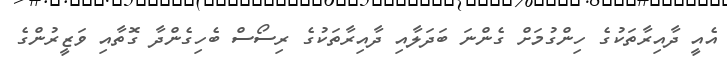
އެއީ ދާއިރާތަކުގެ ހިންގުމަށް ގެންނަ ބަދަލާއި ދާއިރާތަކުގެ ރިސޯސް ބެހިގެންދާ ގޮތާއި ވަޒީރުންގެ